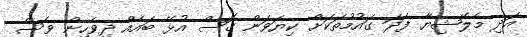
އަދި މެލޭޝިޔާ ފަދަ ގައުމުތަކަށް ކިޔަވަން ގޮސް އުޅޭ ބައެއް ދިވެހިން ވެސް